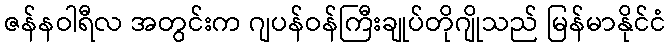
ဇန်နဝါရီလ အတွင်းက ဂျပန်ဝန်ကြီးချုပ်တိုဂျိုသည် မြန်မာနိုင်ငံ